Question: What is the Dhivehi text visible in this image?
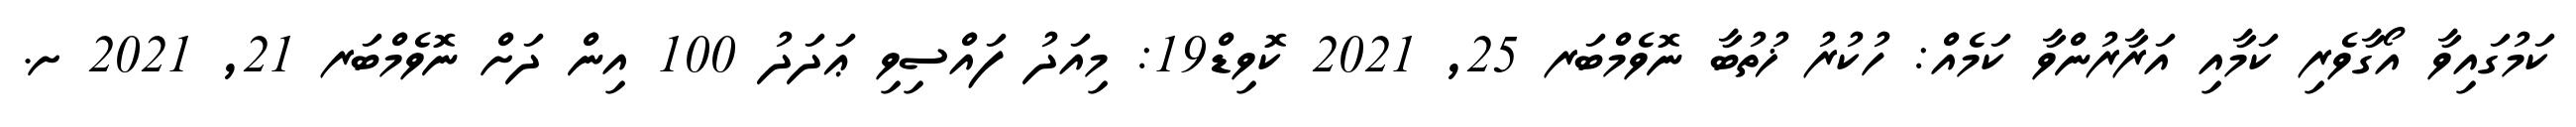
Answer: ކަމުގައިވާ އޯގާވެރި ކަމާއި އަރާރުންވާ ކަމެއް: ހުކުރު ޚުތުބާ ނޮވެމްބަރ 25, 2021 ކޮވިޑް19: މިއަދު ފައްސިވި ޢަދަދު 100 އިން ދަށް ނޮވެމްބަރ 21, 2021 ށ.